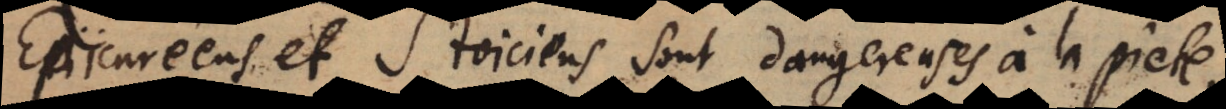
Epicuréens et Stoiciens sont dangereuses à la pieté,